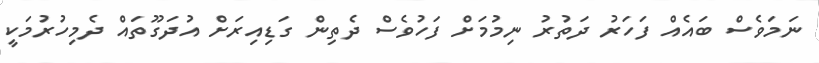
ނަމަވެސް ބައެއް ފަހަރު ދަތުރު ނިމުމަށް ފަހުވެސް ދެތިން ގަޑިއިރަށް އުދަގޫތައް ދެމިހުރުމަކީ